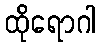
ထိုရောဂါ